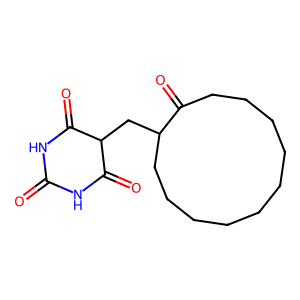
SMILES: O=C1NC(=O)C(CC2CCCCCCCCCCC2=O)C(=O)N1
Inhibits HIV replication: No